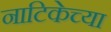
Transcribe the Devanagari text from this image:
नाटिकेच्या